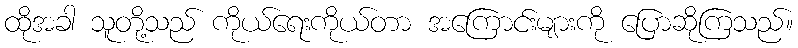
ထိုအခါ သူတို့သည် ကိုယ်ရေးကိုယ်တာ အကြောင်းများကို ပြောဆိုကြသည်။